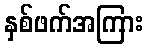
နှစ်ဖက်အကြား